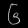
Digit: ၆